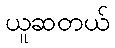
ယူဆတယ်